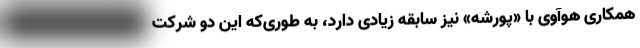
همکاری هوآوی با «پورشه» نیز سابقه زیادی دارد، به طوری‌که این دو شرکت